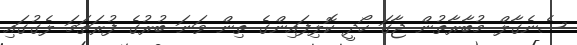
ސެނެގާލް މުބާރާތުން ޖާގަ ހޯދީ ކޮލިފައިންގެ ތިން ވަނަ ބުރުގެ ފުރަތަމަ ލެގުގައި